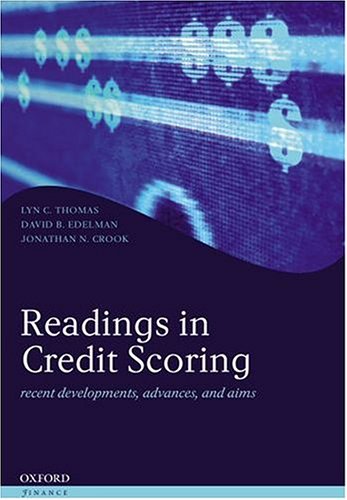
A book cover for Readings in Credit Scoring: Foundations, Developments, and Aims (Oxford Finance S); Lyn C. Thomas; Business & Money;